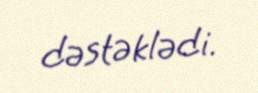
dəstəklədi.